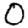
Digit: 0